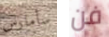
سأمارس فن